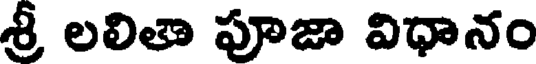
శ్రీ లలితా పూజా విధానం